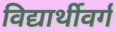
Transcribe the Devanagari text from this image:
विद्यार्थीवर्ग